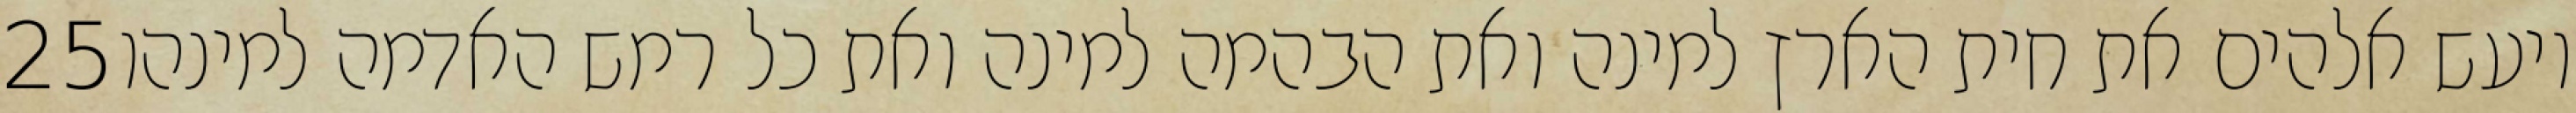
‎25‏ ויעש אלהים את חית הארץ למינה ואת הבהמה למינה ואת כל רמש האדמה למינהו